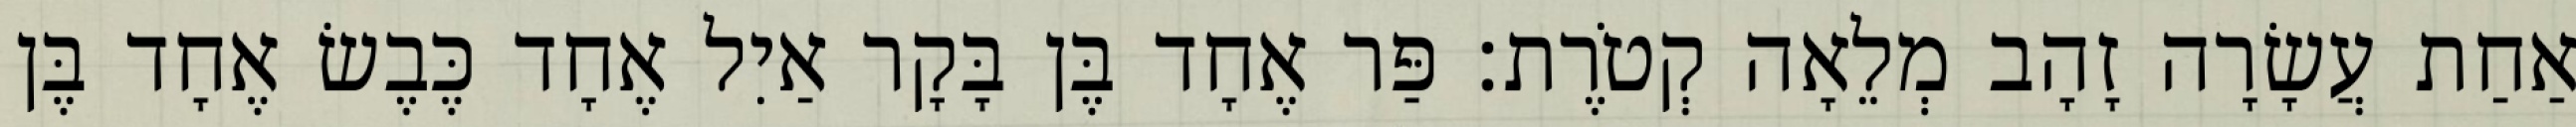
אַחַת עֲשָׂרָה זָהָב מְלֵאָה קְטֹרֶת׃ פַּר אֶחָד בֶּן בָּקָר אַיִל אֶחָד כֶּבֶשׂ אֶחָד בֶּן